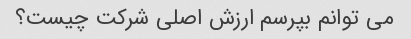
می توانم بپرسم ارزش اصلی شرکت چیست؟